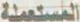
المستعملة